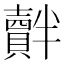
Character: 𧸝